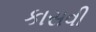
કાસવી